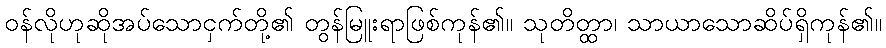
ဝန်လိုဟုဆိုအပ်သောငှက်တို့၏ တွန်မြူးရာဖြစ်ကုန်၏။ သုတိတ္ထာ၊ သာယာသောဆိပ်ရှိကုန်၏။